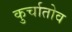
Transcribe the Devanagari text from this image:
कुर्चातोव